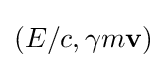
(E/c,\gamma m\mathbf {v} )